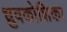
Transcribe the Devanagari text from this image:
ध्रुवकोशिका